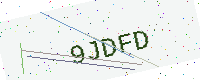
Text: 9JDFD